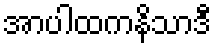
အာပါထကနိသာဒီ